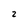
Character: 2